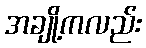
အချို့ကလည်း